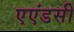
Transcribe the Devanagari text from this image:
एएंडसी